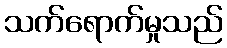
သက်ရောက်မှုသည်